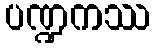
ပဏ္ဍကဿ